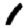
Digit: 1